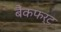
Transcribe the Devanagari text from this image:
बैंकफर्ट